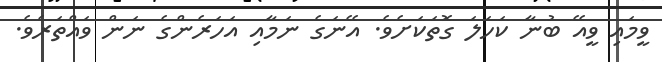
ވީމައި ވީއޭ ބުނާ ކަހަލަ ގޮތަކަށެވެ. އޭނަގެ ނަމާއި އަހަރެންގެ ނަން ވައްތަރެވެ.